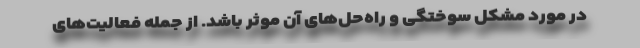
در مورد مشکل سوختگی و راه‌حل‌های آن موثر باشد. از جمله فعالیت‌های